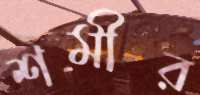
শমীর